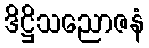
ဒိဋ္ဌိသညောဇနံ